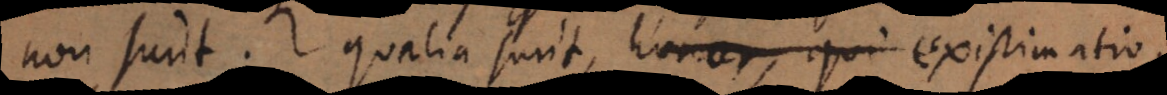
non sunt. Qualia sunt, honor, qui existimatio,